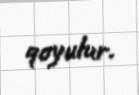
qoyulur.